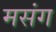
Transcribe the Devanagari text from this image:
मसंग